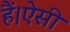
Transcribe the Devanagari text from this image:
हैं।ऐसी